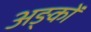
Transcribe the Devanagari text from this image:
अङ्कों